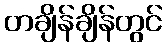
တချိန်ချိန်တွင်